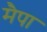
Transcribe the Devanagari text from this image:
मैपा